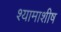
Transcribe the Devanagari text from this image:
श्यामाशीष